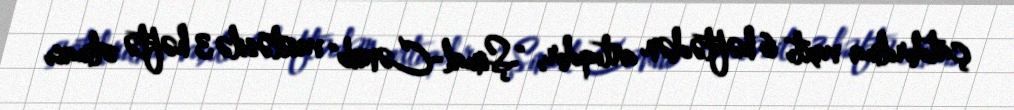
çatdırılma vaxtı 6 həftədən artıqdır, "Şimal-Cənub" vasitəsilə 3 həftə olması